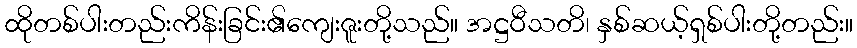
ထိုတစ်ပါးတည်းကိန်းခြင်း၏ကျေးဇူးတို့သည်။ အဋ္ဌဝီသတိ၊ နှစ်ဆယ့်ရှစ်ပါးတို့တည်း။